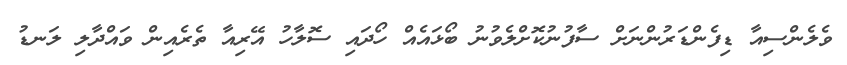
ވެލެންސިއާ ޑިފެންޑަރުންނަށް ސާފުނުކޮށްލެވުނު ބޯޅައެއް ހޯދައި ސޮލާހު އޭރިއާ ތެރެއިން ވައްދާލި ލަނޑު